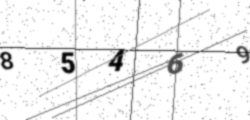
Text: 85469